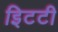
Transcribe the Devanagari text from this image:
इिटटी